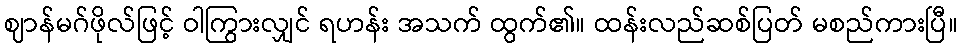
ဈာန်မဂ်ဖိုလ်ဖြင့် ဝါကြွားလျှင် ရဟန်း အသက် ထွက်၏။ ထန်းလည်ဆစ်ပြတ် မစည်ကားပြီ။